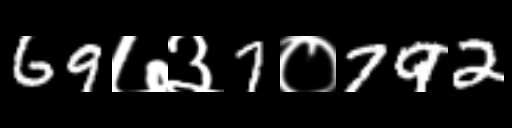
Text: 69७३7०792